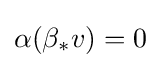
\alpha (\beta _{*}v)=0